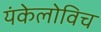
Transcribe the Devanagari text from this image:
यंकेलोविच